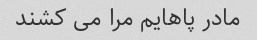
مادر پاهایم مرا می کشند